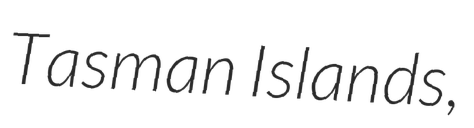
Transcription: Tasman Islands,